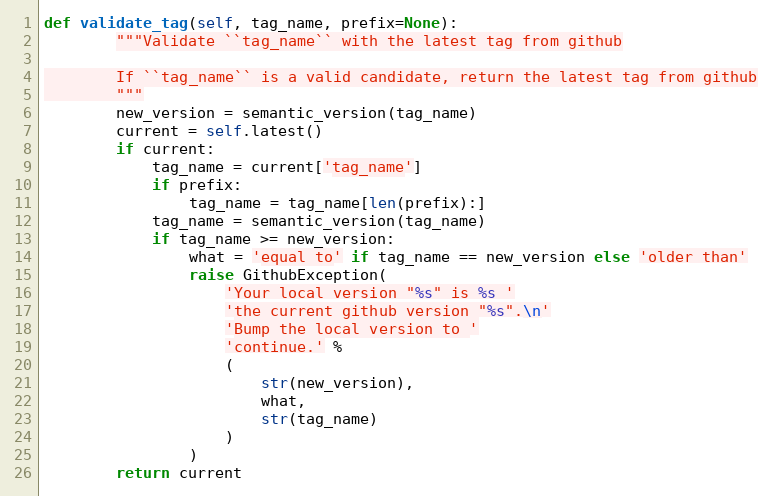
Language: Python
def validate_tag(self, tag_name, prefix=None):
        """Validate ``tag_name`` with the latest tag from github

        If ``tag_name`` is a valid candidate, return the latest tag from github
        """
        new_version = semantic_version(tag_name)
        current = self.latest()
        if current:
            tag_name = current['tag_name']
            if prefix:
                tag_name = tag_name[len(prefix):]
            tag_name = semantic_version(tag_name)
            if tag_name >= new_version:
                what = 'equal to' if tag_name == new_version else 'older than'
                raise GithubException(
                    'Your local version "%s" is %s '
                    'the current github version "%s".\n'
                    'Bump the local version to '
                    'continue.' %
                    (
                        str(new_version),
                        what,
                        str(tag_name)
                    )
                )
        return current